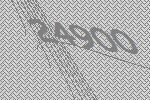
24900